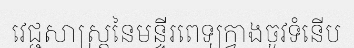
វេជ្ជសាស្ត្រនៃមន្ទីរពេទ្យក្វាងចូវទំនើប